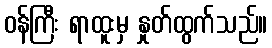
ဝန်ကြီး ရာထူးမှ နှုတ်ထွက်သည်။